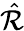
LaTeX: \hat{\mathcal{R}}